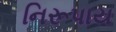
નિરૂપાય